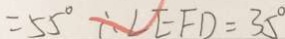
= 5 5 ^ { \circ } \therefore \angle E F D = 3 5 ^ { \circ }